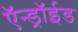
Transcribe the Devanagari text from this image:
ऍन्ड्रॉईड